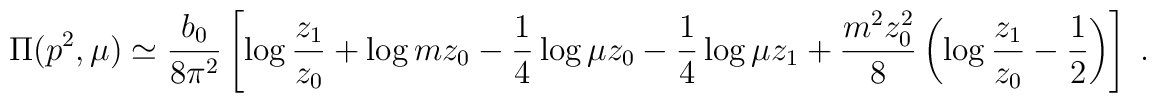
\Pi(p^2,\mu) \simeq \frac{b_0}{8\pi^2} \left[\log\frac{z_1}{z_0}+ \log m z_0  - \frac{1}{4} \log\mu z_0 - \frac{1}{4} \log\mu z_1  + \frac{m^2 z_0^2}{8}  \left( \log\frac{z_1}{z_0}-\frac{1}{2} \right)  \right] \;.